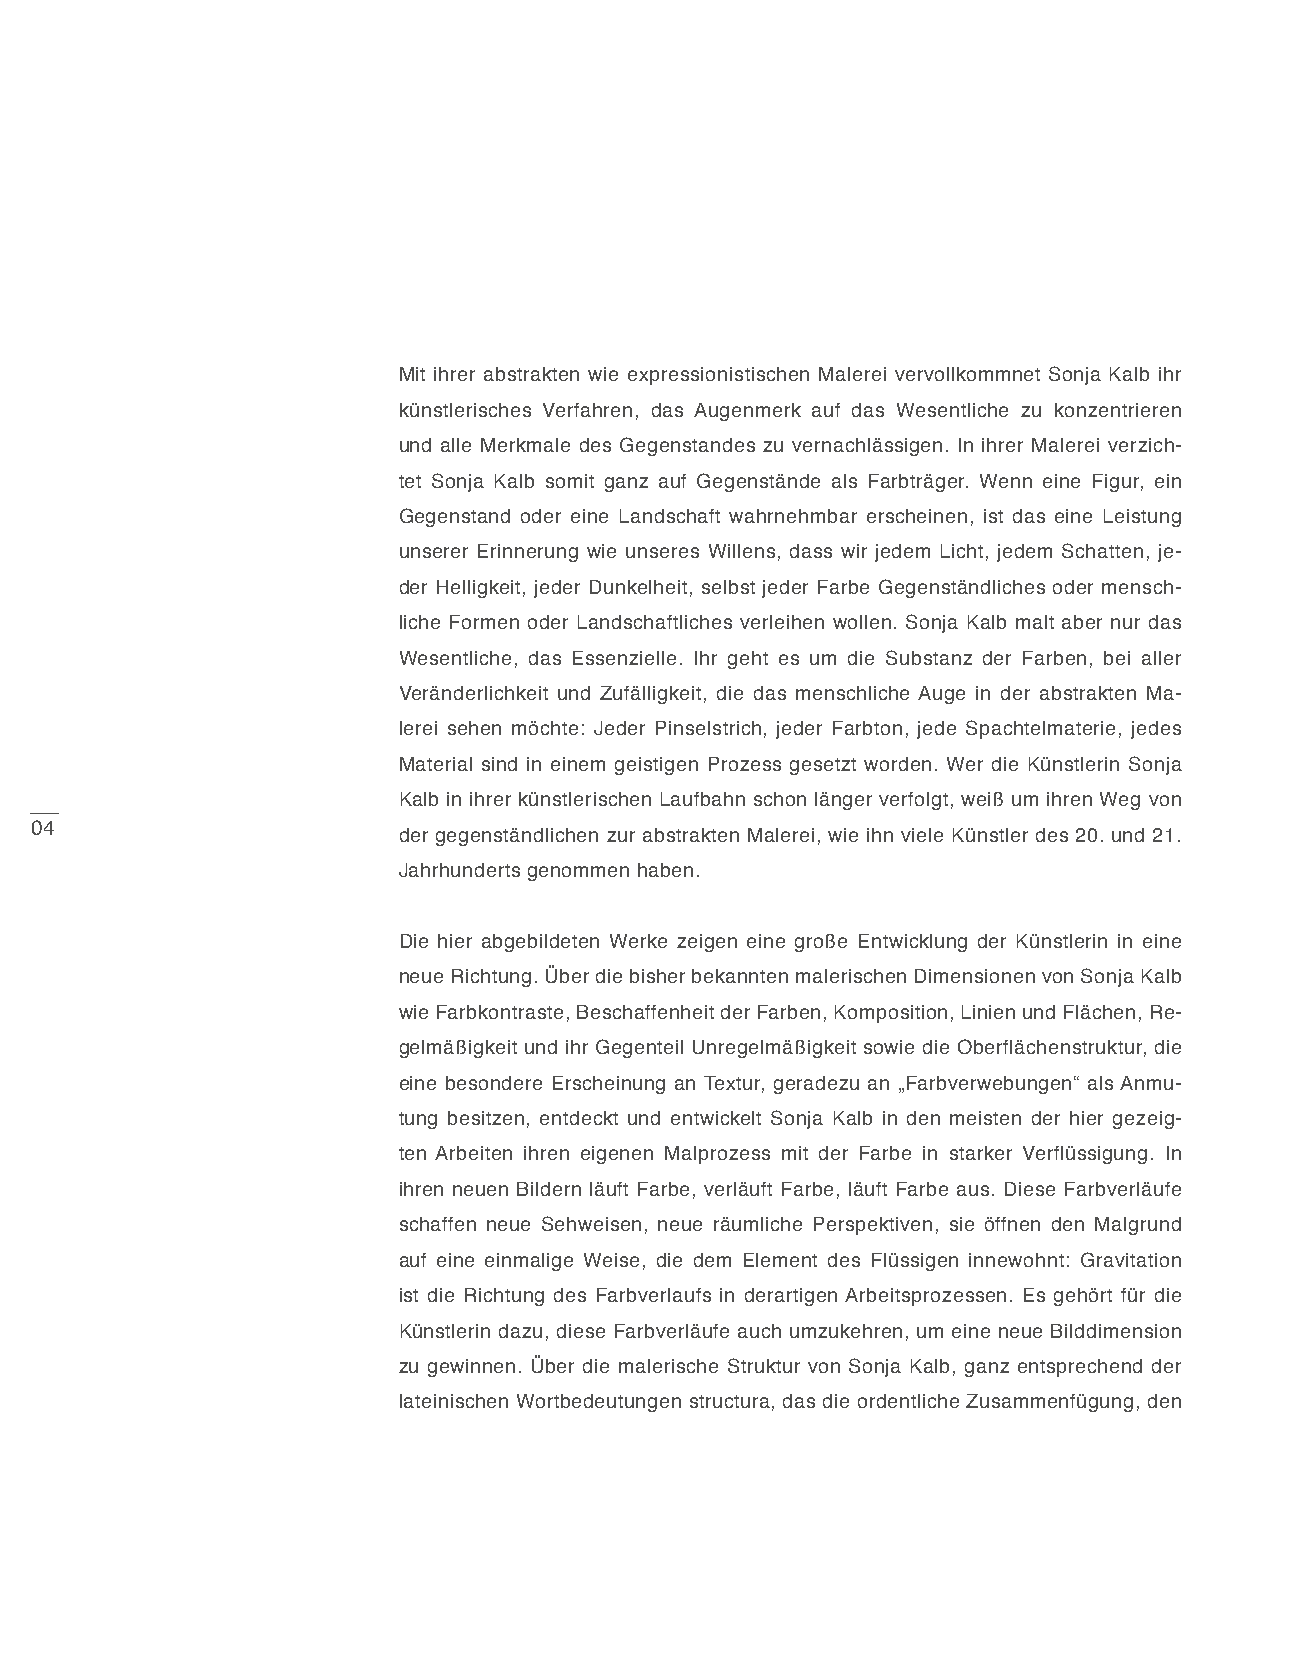
Mit ihrer abstrakten wie expressionistischen Malerei vervollkommnet Sonja Kalb ihr
 künstlerisches Verfahren, das Augenmerk auf das Wesentliche zu konzentrieren
 und alle Merkmale des Gegenstandes zu vernachlässigen. In ihrer Malerei verzich-
 tet Sonja Kalb somit ganz auf Gegenstände als Farbträger. Wenn eine Figur, ein
 Gegenstand oder eine Landschaft wahrnehmbar erscheinen, ist das eine Leistung
 unserer Erinnerung wie unseres Willens, dass wir jedem Licht, jedem Schatten, je-
 der Helligkeit, jeder Dunkelheit, selbst jeder Farbe Gegenständliches oder mensch-
 liche Formen oder Landschaftliches verleihen wollen. Sonja Kalb malt aber nur das
 Wesentliche, das Essenzielle. Ihr geht es um die Substanz der Farben, bei aller
 Veränderlichkeit und Zufälligkeit, die das menschliche Auge in der abstrakten Ma-
 lerei sehen möchte: Jeder Pinselstrich, jeder Farbton, jede Spachtelmaterie, jedes
 Material sind in einem geistigen Prozess gesetzt worden. Wer die Künstlerin Sonja
 Kalb in ihrer künstlerischen Laufbahn schon länger verfolgt, weiß um ihren Weg von
 04
 der gegenständlichen zur abstrakten Malerei, wie ihn viele Künstler des 20. und 21.
 Jahrhunderts genommen haben.
 Die hier abgebildeten Werke zeigen eine große Entwicklung der Künstlerin in eine
 neue Richtung. Über die bisher bekannten malerischen Dimensionen von Sonja Kalb
 wie Farbkontraste, Beschaffenheit der Farben, Komposition, Linien und Flächen, Re-
 gelmäßigkeit und ihr Gegenteil Unregelmäßigkeit sowie die Oberflächenstruktur, die
 eine besondere Erscheinung an Textur, geradezu an „Farbverwebungen“ als Anmu-
 tung besitzen, entdeckt und entwickelt Sonja Kalb in den meisten der hier gezeig-
 ten Arbeiten ihren eigenen Malprozess mit der Farbe in starker Verflüssigung. In
 ihren neuen Bildern läuft Farbe, verläuft Farbe, läuft Farbe aus. Diese Farbverläufe
 schaffen neue Sehweisen, neue räumliche Perspektiven, sie öffnen den Malgrund
 auf eine einmalige Weise, die dem Element des Flüssigen innewohnt: Gravitation
 ist die Richtung des Farbverlaufs in derartigen Arbeitsprozessen. Es gehört für die
 Künstlerin dazu, diese Farbverläufe auch umzukehren, um eine neue Bilddimension
 zu gewinnen. Über die malerische Struktur von Sonja Kalb, ganz entsprechend der
 lateinischen Wortbedeutungen structura, das die ordentliche Zusammenfügung, den